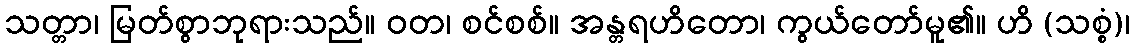
သတ္တာ၊ မြတ်စွာဘုရားသည်။ ဝတ၊ စင်စစ်။ အန္တရဟိတော၊ ကွယ်တော်မူ၏။ ဟိ (သစ္စံ)၊